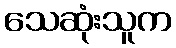
သေဆုံးသူက